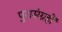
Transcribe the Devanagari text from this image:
पुरासंग्रहों